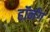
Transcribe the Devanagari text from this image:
हॉर्नंग